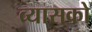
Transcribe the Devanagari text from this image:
व्यासको